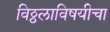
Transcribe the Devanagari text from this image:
विठ्ठलाविषयीचा